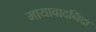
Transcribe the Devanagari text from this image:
मायावादनिंदा